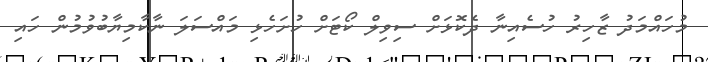
މުހައްމަދު ޒާހިރު ހުސެއިނާ ދެކޮޅަށް ސިވިލް ކޯޓަށް ހުށަހެޅި މައްސަލަ ނާކާމިޔާބުވުމުން ހައި